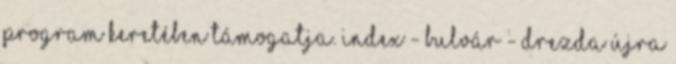
Program keretében támogatja. Index - Bulvár - Drezda újra